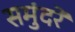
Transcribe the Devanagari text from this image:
समुंदरें